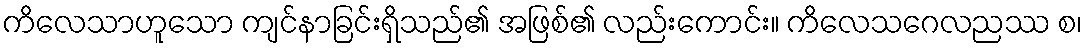
ကိလေသာဟူသော ကျင်နာခြင်းရှိသည်၏ အဖြစ်၏ လည်းကောင်း။ ကိလေသဂေလညဿ စ၊